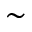
\sim